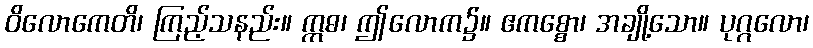
ဝိလောကေတိ၊ ကြည့်သနည်း။ ဣဓ၊ ဤလောက၌။ ဧကစ္စော၊ အချို့သော။ ပုဂ္ဂလော၊